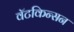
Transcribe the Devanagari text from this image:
वॅटकिन्सन